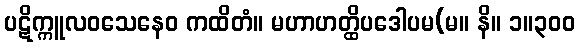
ပဋိက္ကူလဝသေနေဝ ကထိတံ။ မဟာဟတ္ထိပဒေါပမ(မ။ နိ။ ၁။၃၀၀